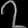
Digit: ၇